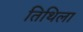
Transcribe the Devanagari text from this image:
तिथिला